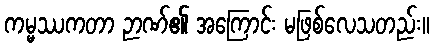
ကမ္မဿကတာ ဉာဏ်၏ အကြောင်း မဖြစ်လေသတည်း။